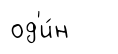
од'и́н